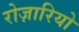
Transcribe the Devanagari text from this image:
रोज़ारियो